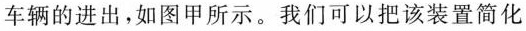
车辆的进出，如图甲所示。我们可以把该装置简化